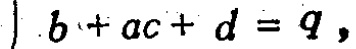
\(b + ac + d = q,\)